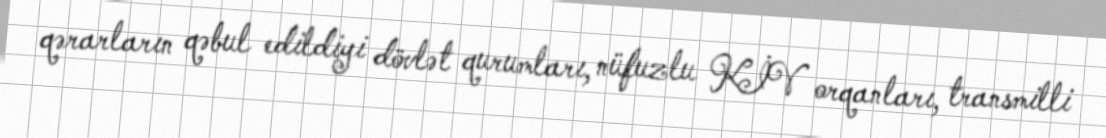
qərarların qəbul edildiyi dövlət qurumları, nüfuzlu KİV orqanları, transmilli